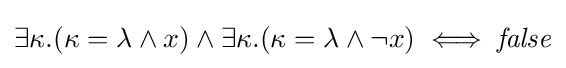
\exists \kappa .(\kappa =\lambda \wedge x)\wedge \exists \kappa .(\kappa =\lambda \wedge \neg x)\iff {\mathit {false}}